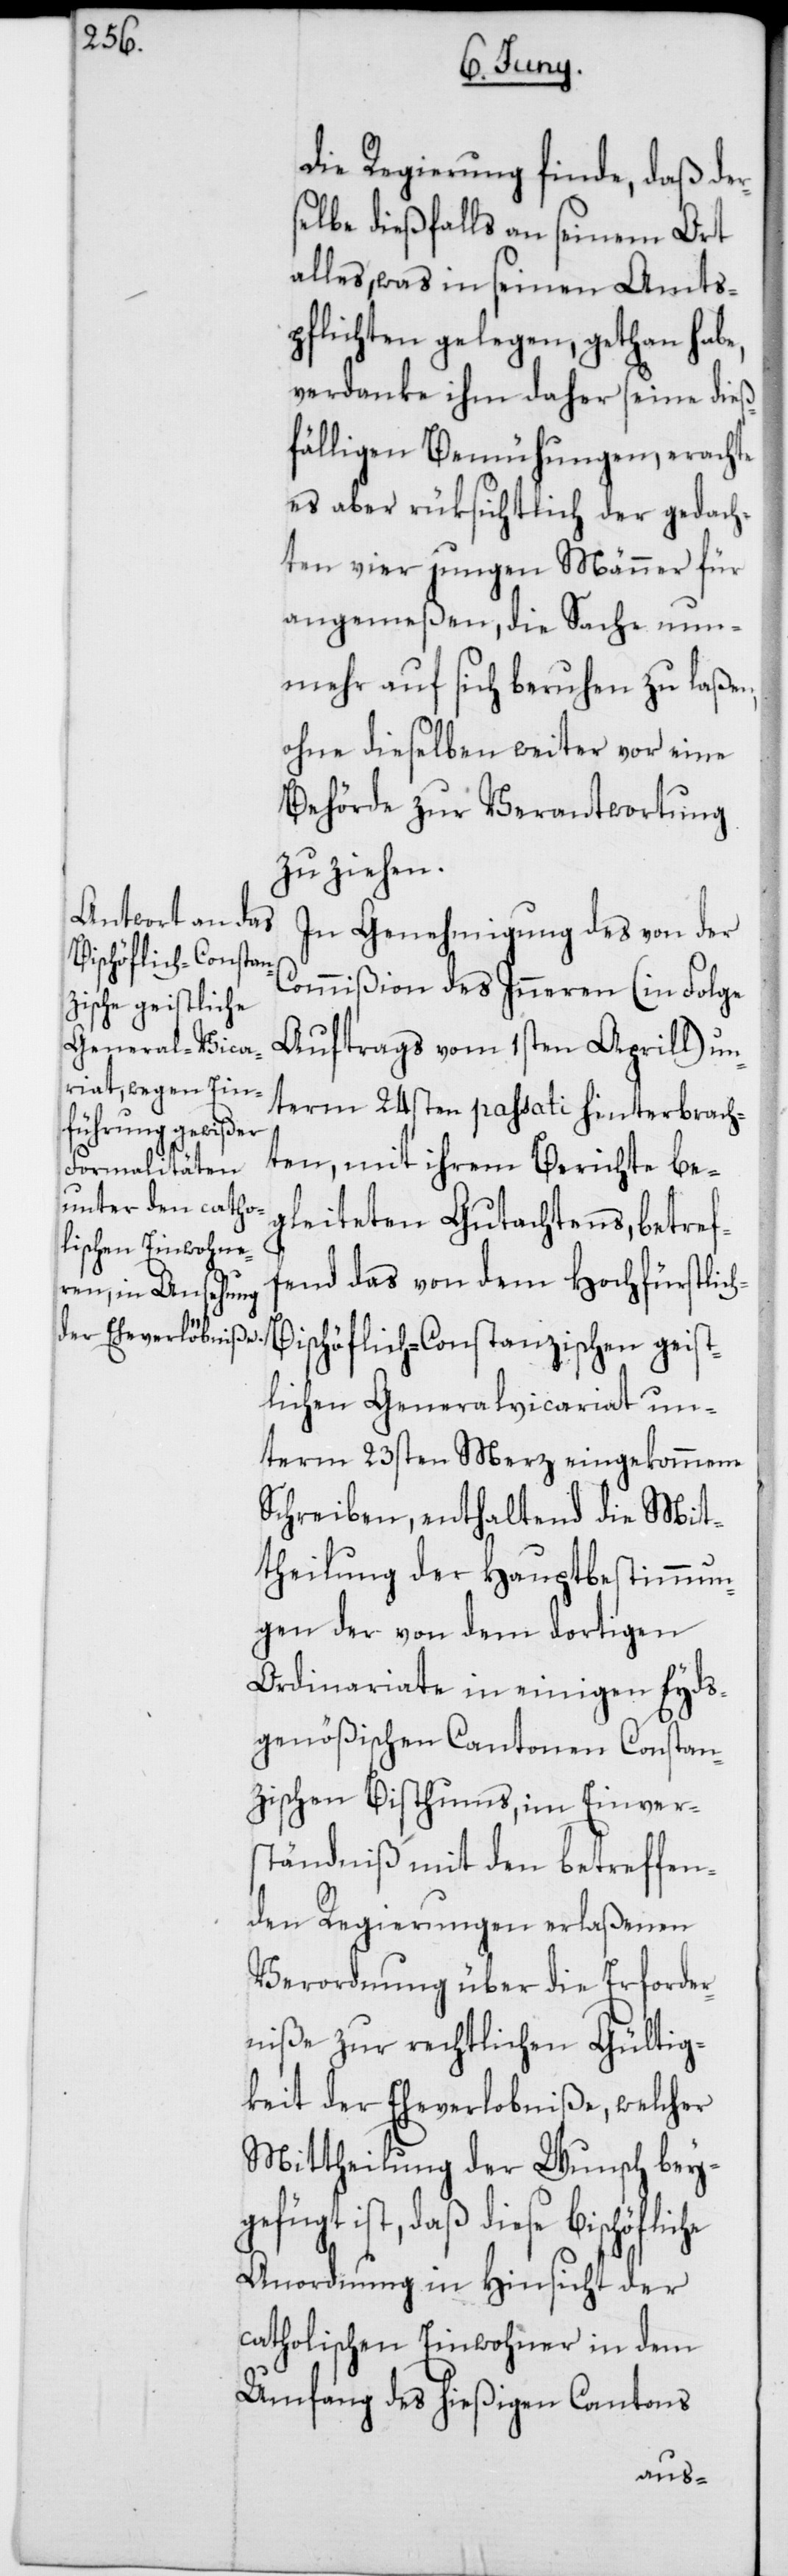
h-B¬

die Regierung finde, daß der¬
selbe dießfalls an seinem Ort
alles, was in seinen Amts¬
pflichten gelegen, gethan habe,
verdanke ihm daher seine dieß¬
fälligen Bemühungen, erachte
es aber rüksichtlich der gedach¬
ten vier jungen Männer für
angemeßen, die Sache nun¬
mehr auf sich beruhen zu laßen,
ohne dieselben weiter vor eine
Behörde zur Verantwortung
zu ziehen.
In Genehmigung des von der
Commißion des Inneren (in Folge
Auftrags vom 1sten Aprill) un¬
term 24sten passati hinterbrach¬
ten, mit ihrem Berichte be¬
gleiteten Gutachtens, betref¬
fend das von dem Hochfürstlic¬
ischöflich-Constanzischen geist¬
lichen Generalvicariat un¬
term 23sten Merz eingekommenen
Schreiben, enthaltend die Mit¬
theilung der Hauptbestimmun¬
gen der von dem dortigen
Ordinariate in einigen Eyds¬
genößischen Cantonen Constan¬
zischen Bisthums, im Einver¬
ständniß mit den betreffen¬
den Regierungen erlaßenen
Verordnung über die Erforder¬
niße zur rechtlichen Gültig¬
keit der Eheverlobniße, welcher
Mittheilung der Wunsch bey¬
gefügt ist, daß diese Bischöfliche
Anordnung in Hinsicht der
catholischen Einwohner in dem
Umfang des hießigen Cantons